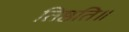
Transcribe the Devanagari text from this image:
तिष्ठति॥